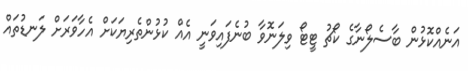
އަނެއްކޮޅުން ބާސެލޯނާގެ ކޯޗު ޓީޓޯ ވިލަނޮވާ ބުނެފައިވަނީ އެއް ކުޅުންތެރިޔަކަށް އެހާވަރަށް ލަނޑުތައް